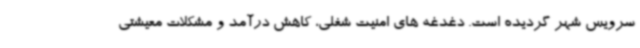
سرویس شهر گردیده است. دغدغه های امنیت شغلی، کاهش درآمد و مشکلات معیشتی